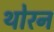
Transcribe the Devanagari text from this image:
थोरन